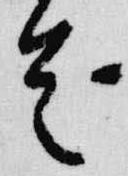
首